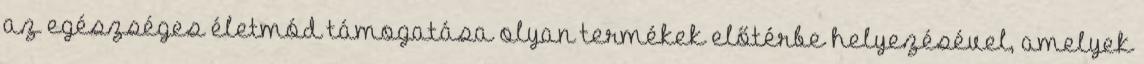
az egészséges életmód támogatása olyan termékek előtérbe helyezésével, amelyek